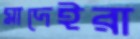
মাদেইরা